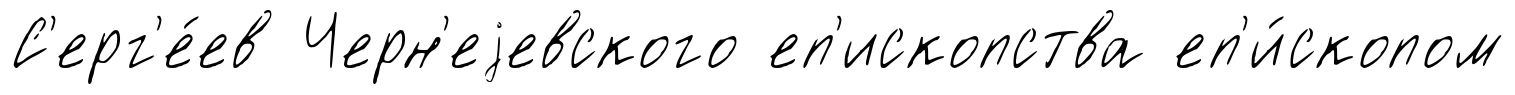
С'ерг'е́ев Черн'еjевского еп'ископства еп'и́скопом